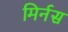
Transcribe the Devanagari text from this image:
मिर्नस